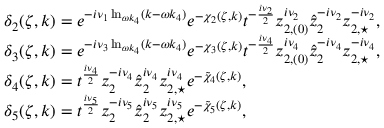
\begin{array} { r l } & { \delta _ { 2 } ( \zeta , k ) = e ^ { - i \nu _ { 1 } \ln _ { \omega k _ { 4 } } ( k - \omega k _ { 4 } ) } e ^ { - \chi _ { 2 } ( \zeta , k ) } t ^ { - \frac { i \nu _ { 2 } } { 2 } } z _ { 2 , ( 0 ) } ^ { i \nu _ { 2 } } \hat { z } _ { 2 } ^ { - i \nu _ { 2 } } z _ { 2 , \star } ^ { - i \nu _ { 2 } } , } \\ & { \delta _ { 3 } ( \zeta , k ) = e ^ { - i \nu _ { 3 } \ln _ { \omega k _ { 4 } } ( k - \omega k _ { 4 } ) } e ^ { - \chi _ { 3 } ( \zeta , k ) } t ^ { - \frac { i \nu _ { 4 } } { 2 } } z _ { 2 , ( 0 ) } ^ { i \nu _ { 4 } } \hat { z } _ { 2 } ^ { - i \nu _ { 4 } } z _ { 2 , \star } ^ { - i \nu _ { 4 } } , } \\ & { \delta _ { 4 } ( \zeta , k ) = t ^ { \frac { i \nu _ { 4 } } { 2 } } z _ { 2 } ^ { - i \nu _ { 4 } } \hat { z } _ { 2 } ^ { i \nu _ { 4 } } z _ { 2 , \star } ^ { i \nu _ { 4 } } e ^ { - \tilde { \chi } _ { 4 } ( \zeta , k ) } , } \\ & { \delta _ { 5 } ( \zeta , k ) = t ^ { \frac { i \nu _ { 5 } } { 2 } } z _ { 2 } ^ { - i \nu _ { 5 } } \hat { z } _ { 2 } ^ { i \nu _ { 5 } } z _ { 2 , \star } ^ { i \nu _ { 5 } } e ^ { - \tilde { \chi } _ { 5 } ( \zeta , k ) } , } \end{array}